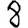
Digit: 8